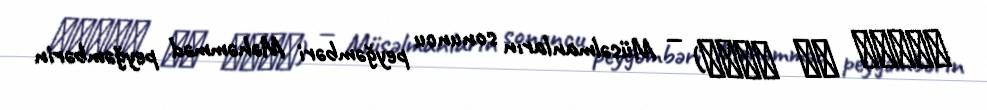
سراقة بن عمرو) — Müsəlmanların sonuncu peyğəmbəri Məhəmməd peyğəmbərin